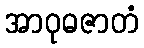
အာဝုဓဇာတံ